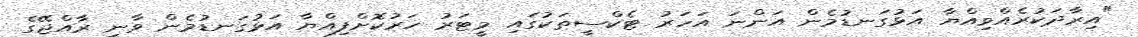
"އިރާދަކުރެއްވިއްޔާ އަޅުގަނޑުމެން އަންނަ އަހަރު ޓެކްސީތަކުގައި މީޓަރު ހަރުކޮށްފިއްޔާ އަޅުގަނޑުމެން ވާނީ ރާއްޖޭގެ